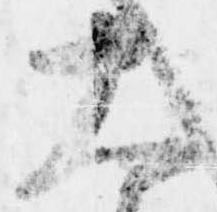
大